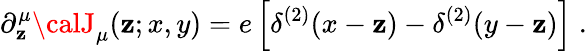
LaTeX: \partial_{\mathbf{z}}^{\mu}{\calJ}_{\mu}(\mathbf{z};x,y)=e\left[\delta^{(2)}(x-\mathbf{z})-\delta^{(2)}(y-\mathbf{z})\right]\; .